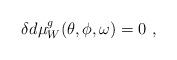
LaTeX: \begin{align*}\delta d\mu_W^g(\theta,\phi,\omega)=0\ ,\end{align*}